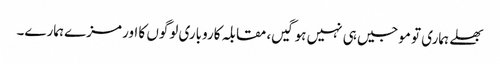
بھلے ہماری تو موجیں ہی نہیں ہوگیں، مقابلہ کاروباری لوگوں کا اور مزے ہمارے۔